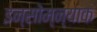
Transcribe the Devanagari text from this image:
इन्सोम्न्याक